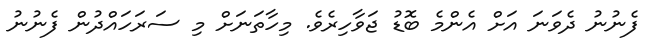
ފެނުނު ދެވަނަ އަށް އެންމެ ބޮޑު ޖަވާހިރެވެ. މިހާތަނަށް މި ސަރަހައްދުން ފެނުނު